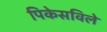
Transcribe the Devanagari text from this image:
पिकेसविले